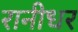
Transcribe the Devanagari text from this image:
रानीधर